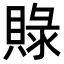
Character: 𮚓